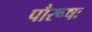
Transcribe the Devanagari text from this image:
पौरूषः